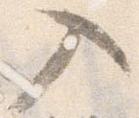
入